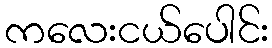
ကလေးငယ်ပေါင်း